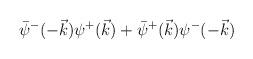
LaTeX: \begin{align*}\bar\psi^-(-\vec k)\psi^+(\vec k)+\bar\psi^+(\vec k)\psi^-(-\vec k)\end{align*}